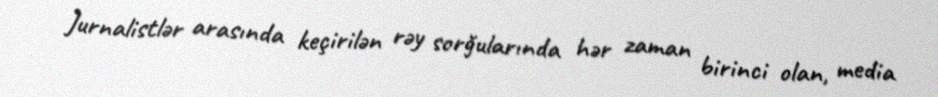
Jurnalistlər arasında keçirilən rəy sorğularında hər zaman birinci olan, media